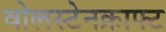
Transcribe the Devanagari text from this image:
वोलस्टेनक्राफ्ट